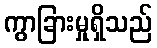
ကွာခြားမှုရှိသည်